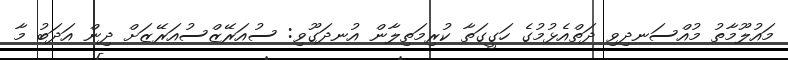
މައުލޫމާތު މުއްސަނދިވި ދަތްއެޅުމުގެ ހަގީގަތާ ކުރިމަތިލާން އުނދަގޫވި: ސުއަރޭޒްސުއަރޭޒަށް ދިން އަދަބު މާ